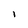
Character: 1